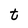
Character: t